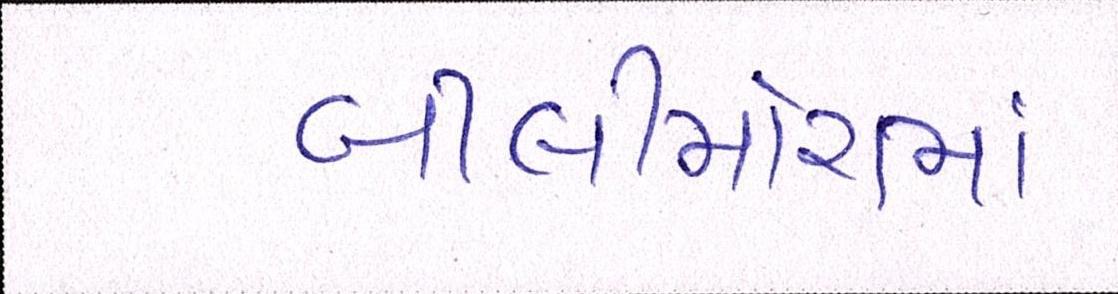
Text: બીલીમોરામાં